Report of the King Institute of Preventive Medicine, Guindy
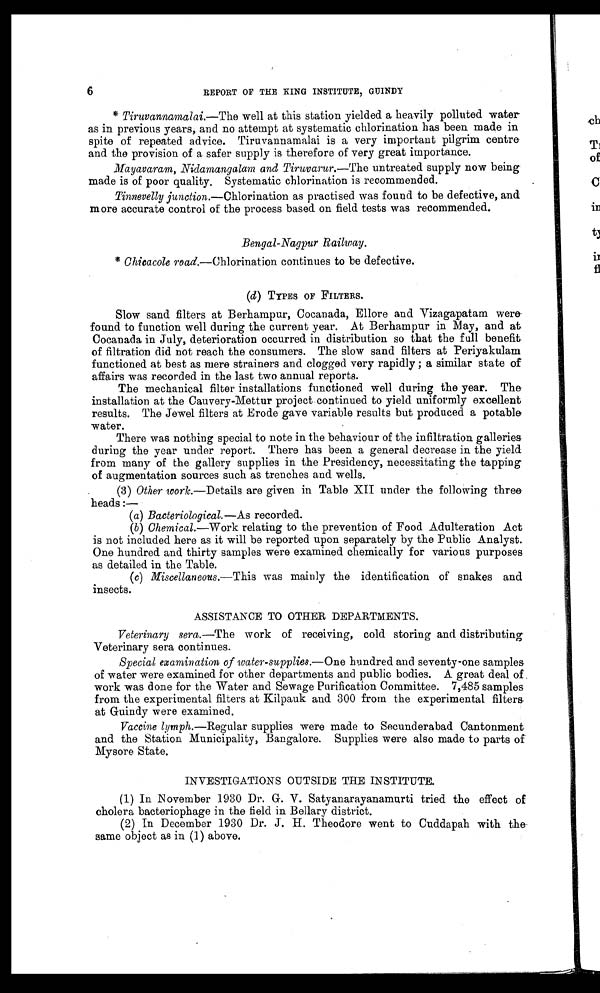
6
REPORT OF THE KING INSTITUTE, GUINDY
Tiruvannamalai.—The well at this station yielded a heavily polluted water
as in previous years, and no attempt at systematic chlorination has been made in
spite of repeated advice. Tiruvannamalai is a very important pilgrim centre
and the provision of a safer supply is therefore of very great importance.
Mayavaram, Nidamangalam and Tiruvarur.—The untreated supply now being
made is of poor quality. Systematic chlorination is recommended.
Tinnevelly junction .—Chlorination as practised was found to be defective, and
more accurate control of the process based on field tests was recommended.
Bengal-Nagpur Railway.
* Chicacole road.—Chlorination continues to be defective.
(d) TYPES OF FILTERS.
Slow sand filters at Berhampur, Cocanada, Ellore and Vizagapatam were
- f o u n d t o f u n c t i o n w e l l d u r i n g t h e c u r r e n t y e a r . A t B e r h a m p u r i n M a y , a n d a t
Cocanada in July, deterioration occurred in distribution so that the full benefit
of filtration did not reach the consumers. The slow sand filters at Periyakulam
functioned at best as mere strainers and clogged very rapidly ; a similar state of
affairs was recorded in the last two annual reports.
The mechanical filter installations functioned well during the year. The
installation at the Cauvery-Mettur project continued to yield uniformly excellent
results. The Jewel filters at Erode gave variable results but produced a potable
water.
There was nothing special to note in the behaviour of the infiltration galleries
during the year under report. There has been a general decrease in the yield
from many of the gallery supplies in the Presidency, necessitating the tapping
of augmentation sources such as trenches and wells.
(3) Other work .—Details are given in Table XII under the following three
heads :—
(a) Bacteriological. — As recorded.
(b) Chemical.—Work relating to the prevention of Food Adulteration Act
is not included here as it will be reported upon separately by the Public Analyst.
One hundred and thirty samples were examined chemically for various purposes
as detailed in the Table.
(c) Miscellaneous.—This was mainly the identification of snakes and
insects.
ASSISTANCE TO OTHER DEPARTMENTS.
Veterinary sera.—The work of receiving, cold storing and distributing
Veterinary sera continues.
Special examination of water-supplies.— One hundred and seventy-one samples
of water were examined for other departments and public bodies. A great deal of
work was done for the Water and Sewage Purification Committee. 7,485 samples
from the experimental filters at Kilpauk and 300 from the experimental filters
at Guindy were examined.
Vaccine lymph.—Regular supplies were made to Secunderabad Cantonment
and the Station Municipality, Bangalore. Supplies were also made to parts of
Mysore State.
INVESTIGATIONS OUTSIDE THE INSTITUTE.
(1) In November 1930 Dr. G. V. Satyanarayanamurti tried the effect of
cholera bacteriophage in the field in Bellary district.
(2) In December 1930 Dr. J. H. Theodore went to Cuddapah with the
same object as in (1) above.